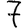
Digit: 7